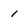
Character: 1